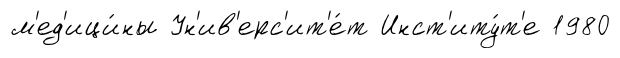
м'ед'ици́ны Ун'ив'ерс'ит'е́т Инст'иту́т'е 1980